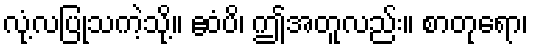
လုံ့လပြုသကဲ့သို့။ ဧဝံပိ၊ ဤအတူလည်း။ စာတုရော၊